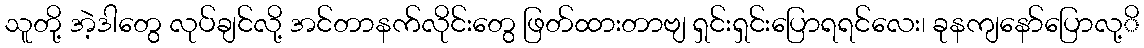
သူတို့ အဲ့ဒါတွေ လုပ်ချင်လို့ အင်တာနက်လိုင်းတွေ ဖြတ်ထားတာဗျ ရှင်းရှင်းပြောရရင်လေး၊ ခုနကျနော်ပြောလု့ိ